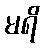
မရိ